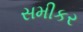
સમીકર